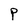
Character: P